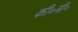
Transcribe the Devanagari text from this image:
की॰मी॰